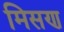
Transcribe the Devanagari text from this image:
मिसण